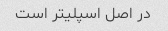
در اصل اسپلیتر است